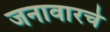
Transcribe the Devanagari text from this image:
जनावारचे